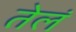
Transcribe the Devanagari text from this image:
तेलं